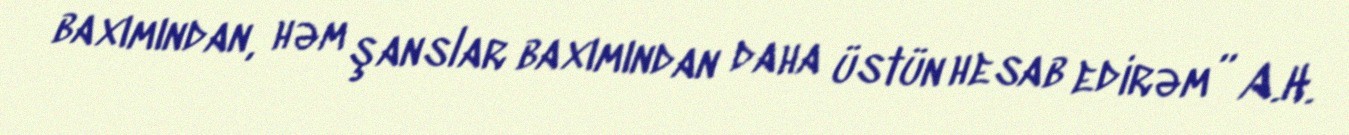
baxımından, həm şanslar baxımından daha üstün hesab edirəm” A.H.